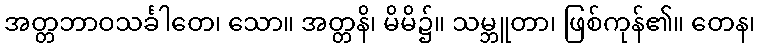
အတ္တဘာဝသင်္ခါတေ၊ သော။ အတ္တနိ၊ မိမိ၌။ သမ္ဘူတာ၊ ဖြစ်ကုန်၏။ တေန၊